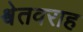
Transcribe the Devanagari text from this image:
श्वेतवराह